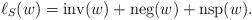
LaTeX: \begin{align*}\ell_S(w)={\rm inv}(w)+{\rm neg}(w)+{\rm nsp}(w).\end{align*}